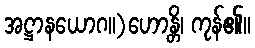
အဋ္ဌာနယောဂ။)ဟောန္တိ၊ ကုန်၏။